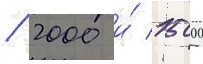
/ 2000 и́ 1500